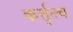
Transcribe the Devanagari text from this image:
कर्त्तृत्त्व